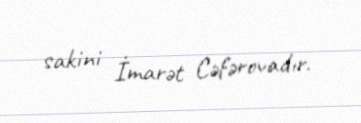
sakini İmarət Cəfərovadır.